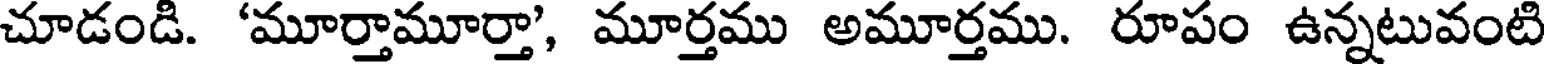
చూడండి. 'మూర్తామూర్తా', మూర్తము అమూర్తము. రూపం ఉన్నటువంటి